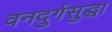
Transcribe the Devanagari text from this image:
वनदुर्गसुद्धा